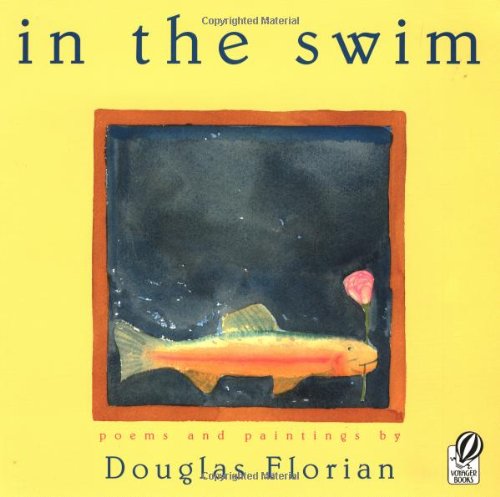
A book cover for in the swim; Douglas Florian; Humor & Entertainment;